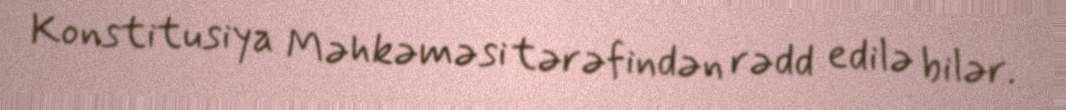
Konstitusiya Məhkəməsi tərəfindən rədd edilə bilər.